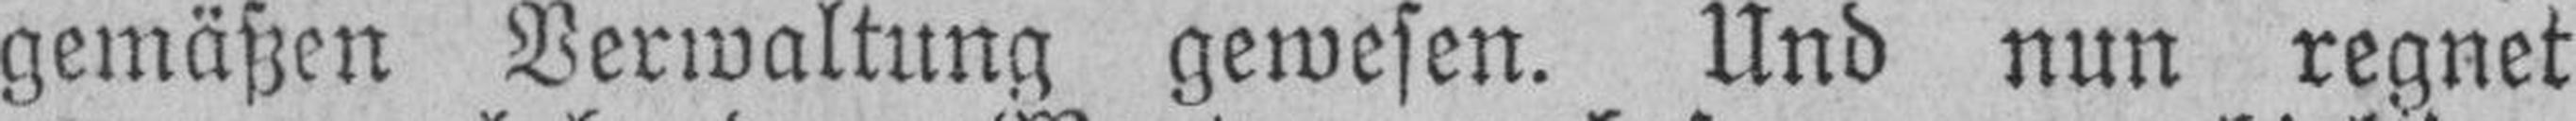
gemäßen Verwaltung gewesen. Und nun regnet